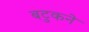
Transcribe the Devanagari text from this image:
बटुकने